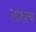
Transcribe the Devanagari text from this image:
लाखच